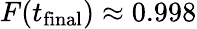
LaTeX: F(t_{\mathrm{final}})\approx 0.998